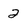
Character: 2